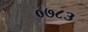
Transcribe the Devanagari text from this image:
०७८३